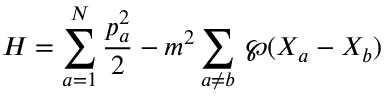
H = \sum _ { a = 1 } ^ { N } \frac { p _ { a } ^ { 2 } } { 2 } - m ^ { 2 } \sum _ { a \neq b } \, { \wp } ( X _ { a } - X _ { b } )